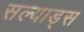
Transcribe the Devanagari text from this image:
सल्याड्स